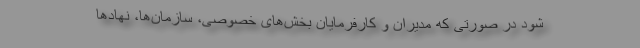
شود در صورتی که مدیران و کارفرمایان بخش‌های خصوصی، سازمان‌ها، نهادها